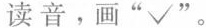
读音。画”√”。